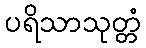
ပရိသာသုတ္တံ